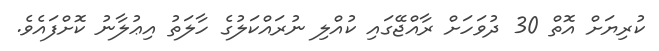
ކުރިޔަށް އޮތް 30 ދުވަހަށް ރާއްޖޭގައި ކުއްލި ނުރައްކަލުގެ ހާލަތު އިޢުލާނު ކޮށްފައެވެ.